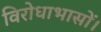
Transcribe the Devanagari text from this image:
विरोधाभासों।